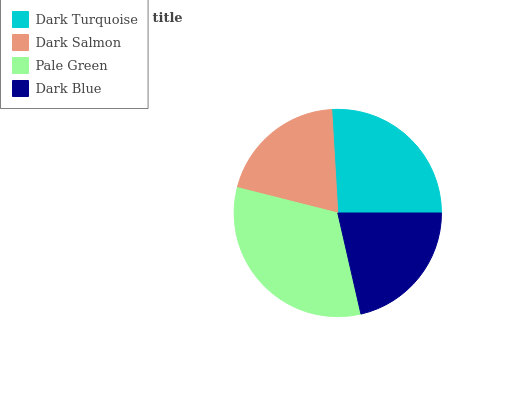
| Dark Turquoise | Dark Salmon | Pale Green | Dark Blue |
 | --- | --- | --- | --- |
 | 26% | 20.1% | 32.5% | 21.5% |